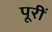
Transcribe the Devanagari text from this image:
पूरीं